Annual report on the working of the lock hospitals in the Central Provinces
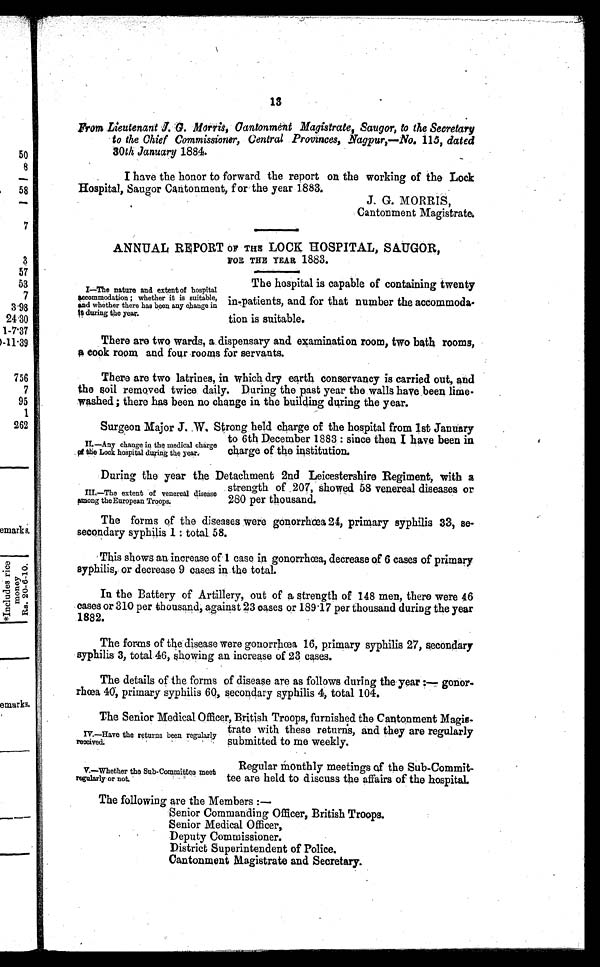
13
Fr om l i eut enant J. G. Mor r i s, Cant onment Magi st r at e, Saugor , t o t he Secr et ar y
to the Chief Commissioner, Central Provinces, Nagpur,—No. 115, dated
30th January 1884.
I have the honor to forward the report on the working of the Lock
Hospital, Saugor. Cantonment, for the year 1883.
J. G. MORRIS,
Cantonment Magistrate.
ANNUAL REPORT OF THE LOCK HOSPITAL, SA.UGOR,
FOR THE YEAR 1883.
I—The nature and extent of hospital
accommodation ; whether it is suitable,
and whether there has been any change in
it during the year.
The hospital is capable of containing twenty
in-patients, and for that number the accommoda
tion is suitable.
There are two wards, a dispensary and examination room, two bath rooms,
a cook room and four rooms for servants.
There are two latrines, in which dry earth conservancy is carried out, and
the soil removed twice daily. During the past year the walls have been lime.
washed ; there has been no change in the building during the year.
Surgeon Maior J. .W. Strong held charge of the hospital from 1st January
to 6th December 1883 : since then I have been in
charge of the institution.
During the year the Detachment 2nd Leicestershire Regiment, with a
strength of . 207, showed 58 venereal diseases or
280 per thousand.
The forms of the diseases were gonorrhœa 24, primary syphilis 33, se-
secondary syphilis 1 : total. 58.
This shows an increase of 1 case in gonorrhœa, decrease of 6 cases of primary
syphilis,. or decrease 9 cases in the total.
In the Battery of Artillery, out of a strength of 148 men, there were 46
cases or 310 per thousand, against 23 cases or 189.17 per thousand during the year
1882.
The forms of the disease were gonorrhœa 16, primary syphilis 27, secondary
syphilis 3, total 46, showing an increase of 23 cases.
The details of the forms of disease are as follows during the year:—gonor-
rhœa 40; primary syphilis 60, secondary syphilis 4, total 104.
The Senior Medical Officer, British Troops, furnished the Cantonment Magis-
trate with these returns, and they are regularly
submitted to me weekly.
II—Any change in the medical charge
of the Lock hospital during the year.
III.—The extent of venereal disease
among the European Troops.
IV.—Have the returns been regularly
received
.
V.—Whether the Sub-Committee meet
regularly or not.
Regular monthly meetings of the Sub-Commit-
tee are held to discuss the affairs of the hospital.
The following are the Members :—
Senior Commanding Officer, British Troops.
Senior Medical Officer,
Deputy Commissioner.
District Superintendent of Police.
Cantonment Magistrate and Secretary.